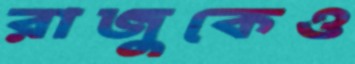
রাজুকেও